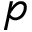
p